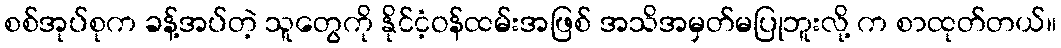
စစ်အုပ်စုက ခန့်အပ်တဲ့ သူတွေကို နိုင်ငံ့ဝန်ထမ်းအဖြစ် အသိအမှတ်မပြုဘူးလို့ က စာထုတ်တယ်။